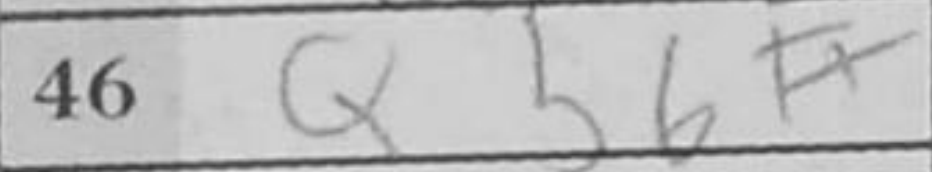
Transcription: Qb6#